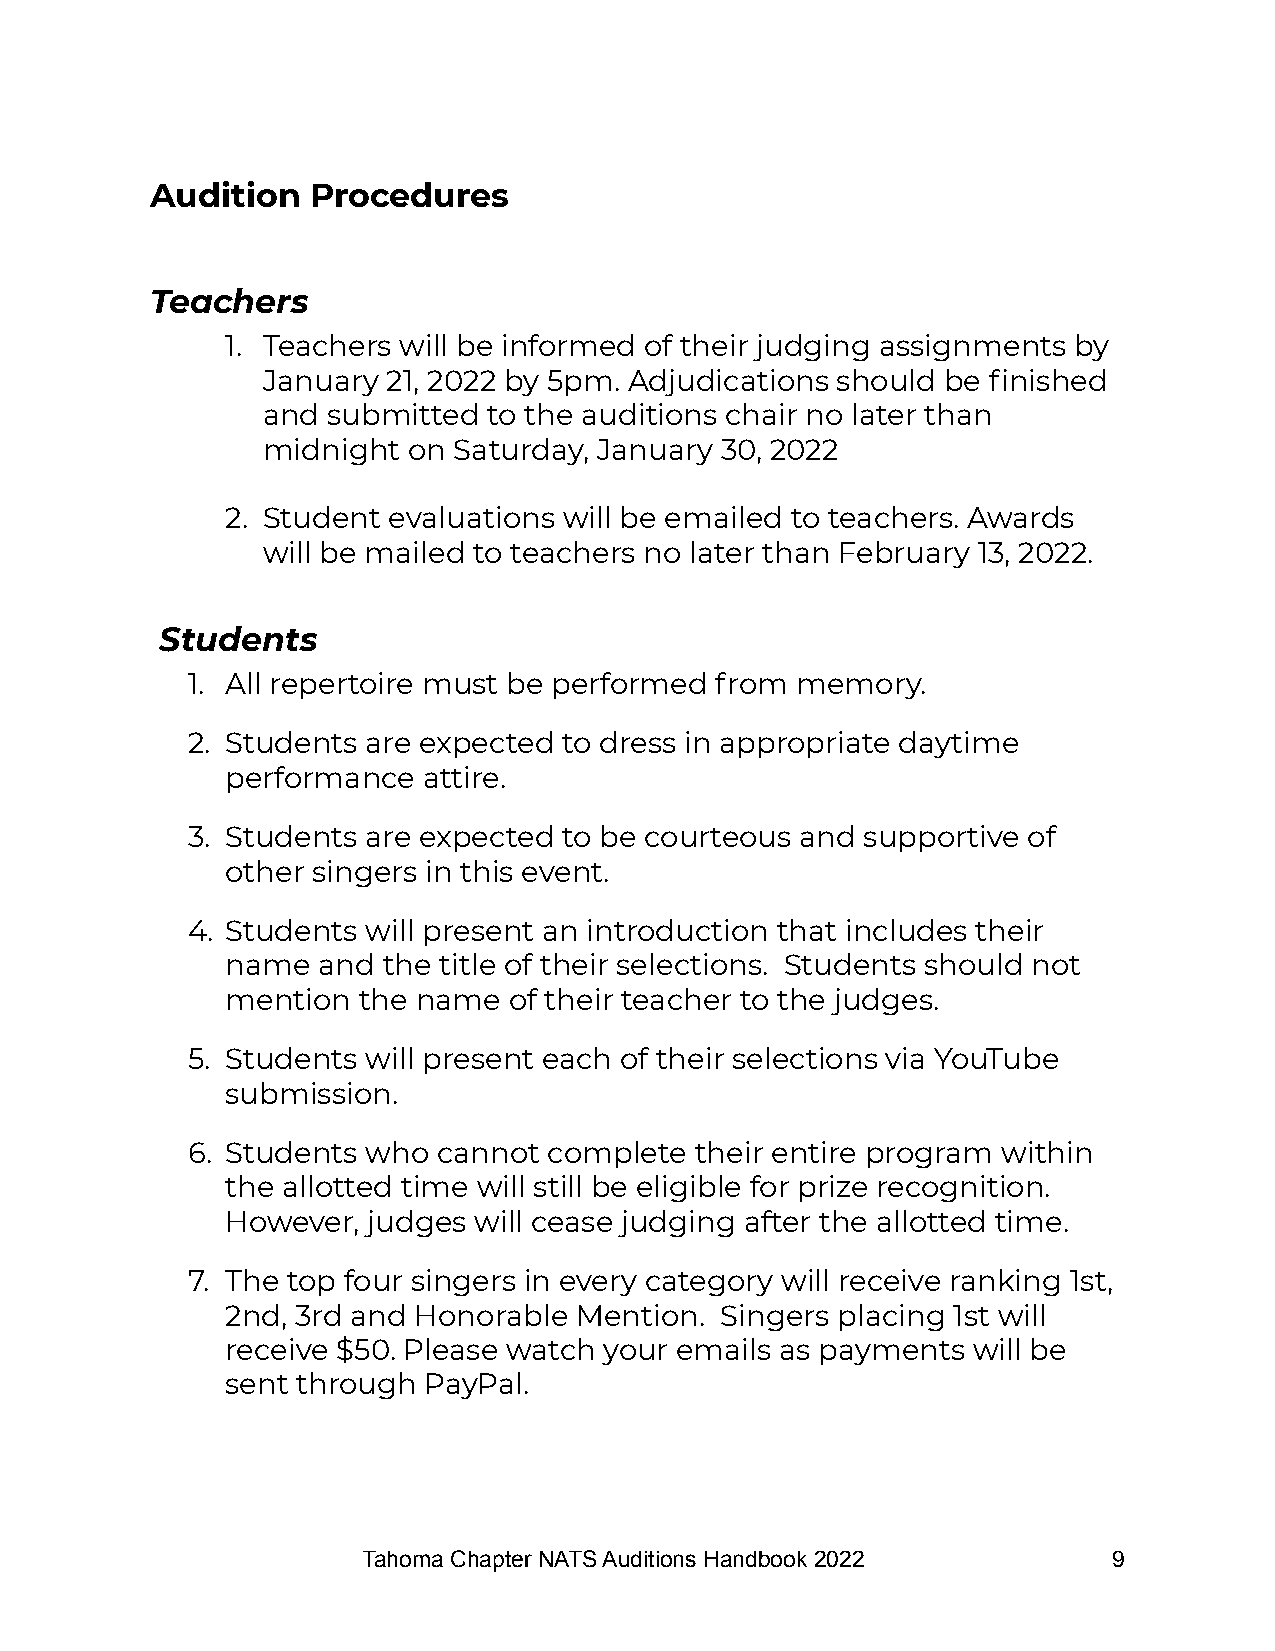
Audition   Procedures
 Teachers
 1. Teachers will be informed of their judging assignments by
 January  21, 2022 by 5pm. Adjudications should be finished
 and  submitted to the auditions chair no later than
 midnight  on Saturday, January 30, 2022
 2. Student evaluations will be emailed to teachers. Awards
 will be mailed to teachers no later than February 13, 2022.
 Students
 1. All repertoire must be performed from memory.
 2. Students are expected to dress in appropriate daytime
 performance  attire.
 3. Students are expected to be courteous and supportive of
 other singers in this event.
 4. Students will present an introduction that includes their
 name  and the title of their selections. Students should not
 mention  the name  of their teacher to the judges.
 5. Students will present each of their selections via YouTube
 submission.
 6. Students who  cannot complete  their entire program within
 the allotted time will still be eligible for prize recognition.
 However, judges will cease judging after the allotted time.
 7. The top four singers in every category will receive ranking 1st,
 2nd, 3rd and Honorable Mention.  Singers placing 1st will
 receive $50. Please watch your emails as payments will be
 sent through PayPal.
 Tahoma Chapter NATS Auditions Handbook 2022       9